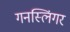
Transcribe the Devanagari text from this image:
गनस्लिंगर